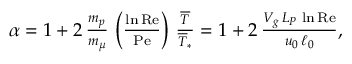
\begin{array} { r } { \alpha = 1 + 2 \, { \frac { m _ { p } } { m _ { \mu } } } \, \left( { \frac { \ln \mathrm { R e } } { \mathrm { P e } } } \right) \, { \frac { \overline { { T } } } { \overline { { T } } _ { \ast } } } = 1 + 2 \, { \frac { V _ { g } \, L _ { P } \, \ln \mathrm { R e } } { u _ { 0 } \, \ell _ { 0 } } } , } \end{array}